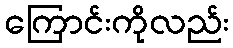
ကြောင်းကိုလည်း